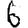
Digit: 6